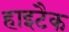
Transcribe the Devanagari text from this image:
हाइटैक